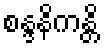
စန္ဒနိကန္တိ